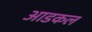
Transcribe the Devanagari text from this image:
आडकल